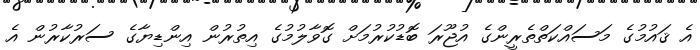
އެ ޤައުމުގެ މަސައްކަތްތެރީންގެ އުޖޫރަ ބޮޑުކުރުމަށް ގޮވާލުމުގެ އިތުރުން އިންޑިޔާގެ ސަރުކާރުން އެ